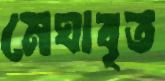
মেঘাবৃত